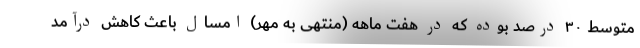
متوسط ۳۰ درصد بوده که در هفت ماهه (منتهی به مهر) امسال باعث کاهش درآمد